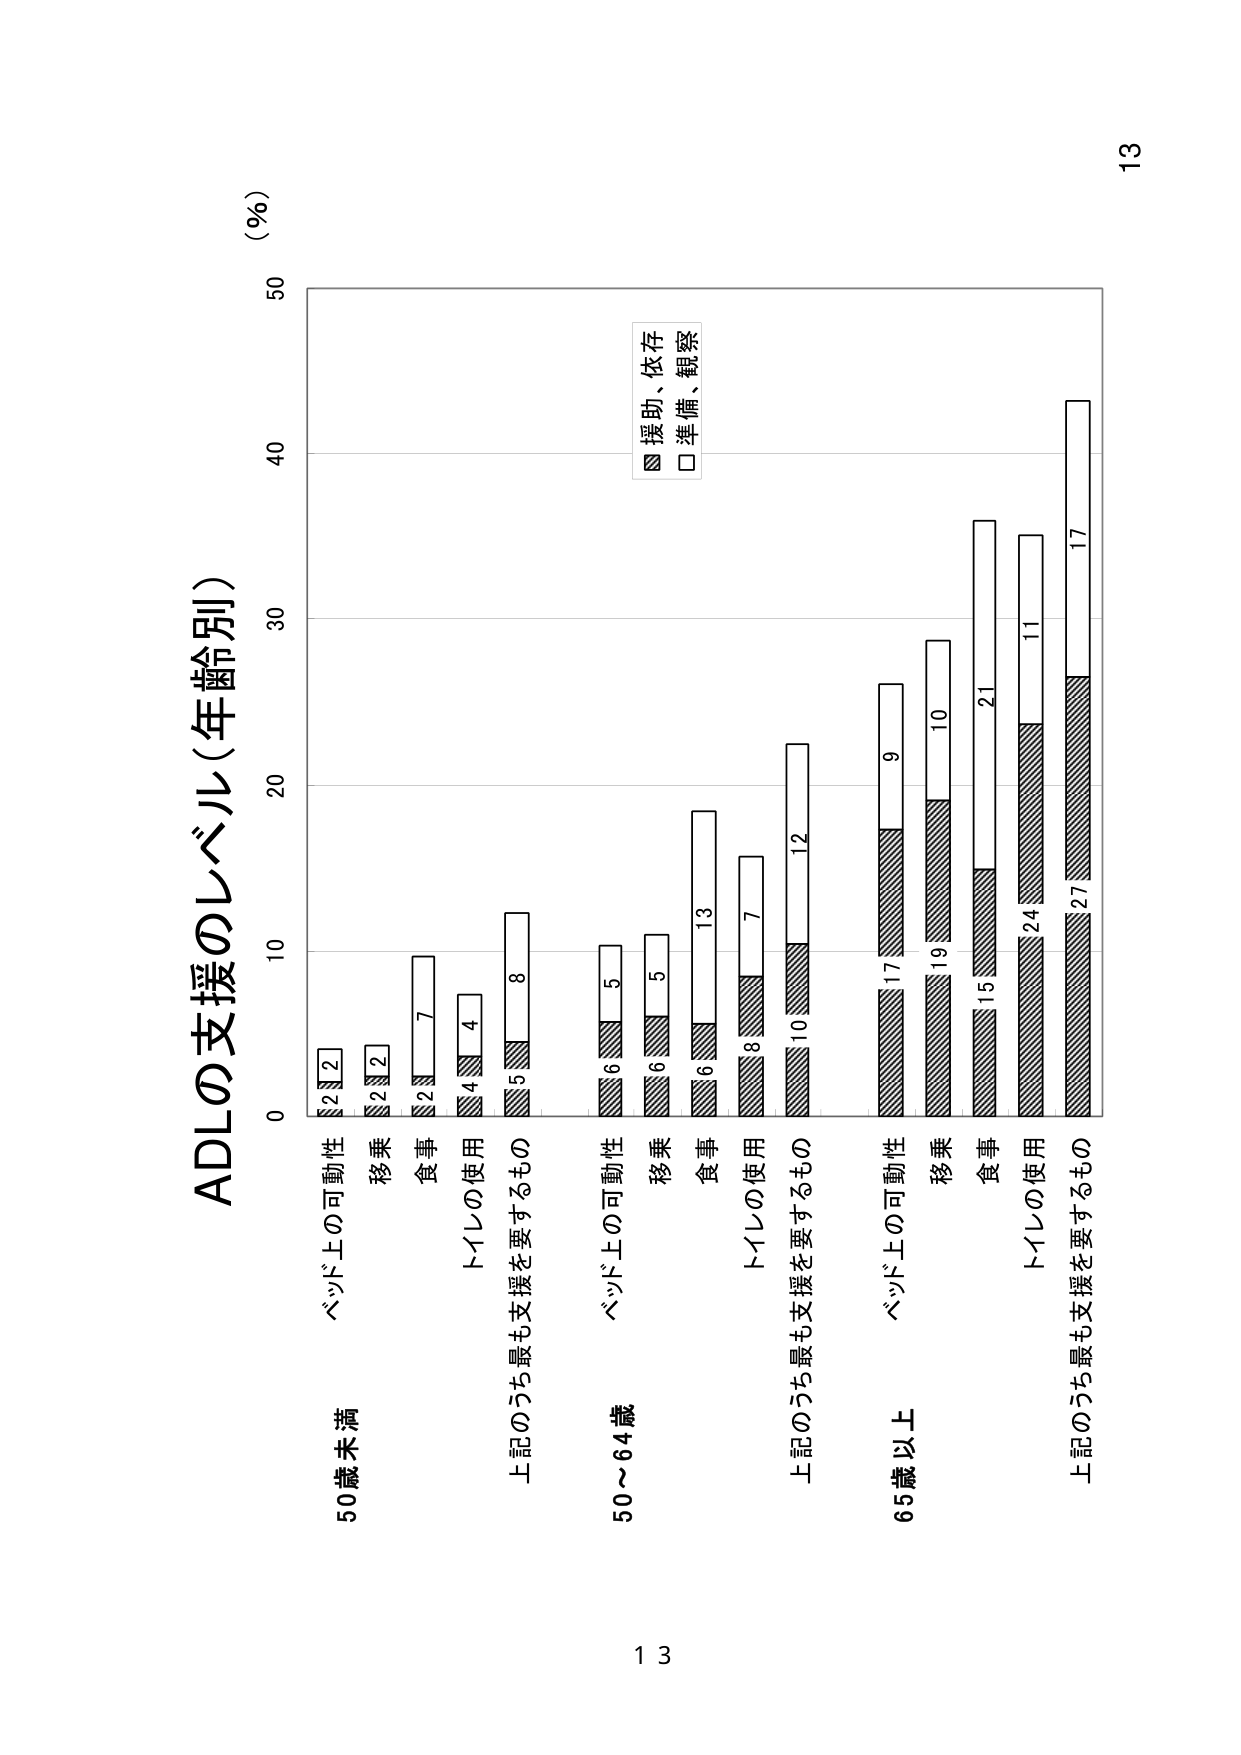
ADLの支援のレベル（年齢別）
（％）
50
40
30
20
10
0
50歳未満
ベッド上の可動性
2 2
移乗
2 2
食事
2 7
トイレの使用
4 4
上記のうち最も支援を要するもの
5 8
50～64歳
ベッド上の可動性
6 5
移乗
6 5
食事
6 13
トイレの使用
8 7
上記のうち最も支援を要するもの
10 12
65歳以上
ベッド上の可動性
17 9
移乗
19 10
食事
15 21
トイレの使用
24 11
上記のうち最も支援を要するもの
27 17
■ 援助、依存
□ 準備、観察
13
13